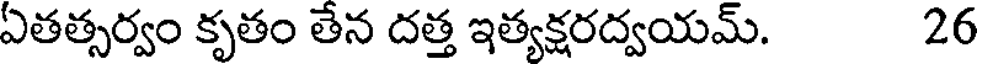
ఏతత్సర్వం కృతం తేన దత్త ఇత్యక్షరద్వయమ్. 26